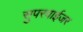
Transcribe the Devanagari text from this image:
सुपरवाईजर